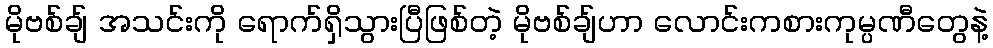
မိုဗစ်ချ် အသင်းကို ရောက်ရှိသွားပြီဖြစ်တဲ့ မိုဗစ်ချ်ဟာ လောင်းကစားကုမ္ပဏီတွေနဲ့